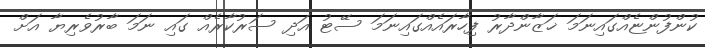
ކުންފުންޏެއްގައިނަމަ ޚަޒާންދާރު ފިހާރައެއްގައިނަމަ ސޭޓު އަދި ސަރުކާރެއް ގައި ނަމަ ބާރުވެރިޔާ އަށް